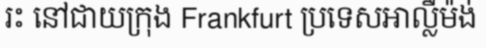
រះ នៅជាយក្រុង Frankfurt ប្រទេសអាល្លឺម៉ង់